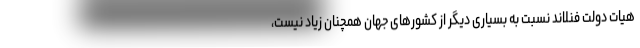
هیات دولت فنلاند نسبت به بسیاری دیگر از کشورهای جهان همچنان زیاد نیست،